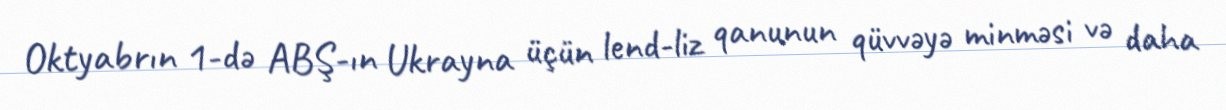
Oktyabrın 1-də ABŞ-ın Ukrayna üçün lend-liz qanunun qüvvəyə minməsi və daha